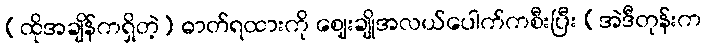
(ထိုအချိန်ကရှိတဲ့) ဓာတ်ရထားကို ဈေးချိုအလယ်ပေါက်ကစီးပြီး (အဲဒီတုန်းက